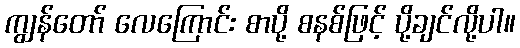
ကျွန်တော် လေကြောင်း စာပို့ စနစ်ဖြင့် ပို့ချင်လို့ပါ။